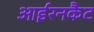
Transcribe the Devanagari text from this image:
आईरनकैट